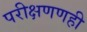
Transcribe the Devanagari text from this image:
परीक्षणणही